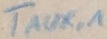
Text: TAUX,1